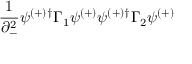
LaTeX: \frac { 1 } { \partial _ { - } ^ { 2 } } \psi ^ { ( + ) \dagger } \Gamma _ { 1 } \psi ^ { ( + ) } \psi ^ { ( + ) \dagger } \Gamma _ { 2 } \psi ^ { ( + ) }